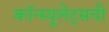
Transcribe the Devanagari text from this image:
कॉन्स्यूलेट्सची